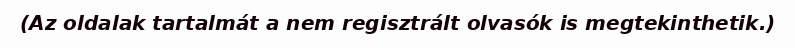
(Az oldalak tartalmát a nem regisztrált olvasók is megtekinthetik.)